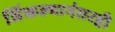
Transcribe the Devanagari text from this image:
जिंकल्यानंतरही